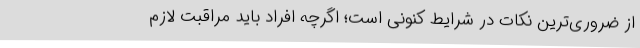
از ضروری‌ترین نکات در شرایط کنونی است؛ اگرچه افراد باید مراقبت لازم